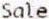
SALE